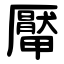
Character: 厴